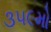
૩૫૯મો